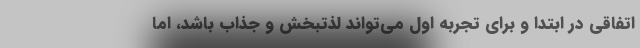
اتفاقی در ابتدا و برای تجربه اول می‌تواند لذتبخش و جذاب باشد، اما